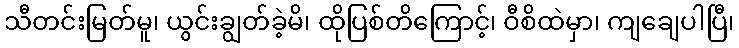
သီတင်းမြတ်မူ၊ ယွင်းချွတ်ခဲ့မိ၊ ထိုပြစ်တိကြောင့်၊ ဝီစိထဲမှာ၊ ကျချေပါပြီ၊